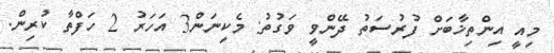
މިއީ އިންތިޚާބަށް ފުރުސަތު ދޭންވީ ވަގުތު: މެކިނަން3 އަހަރު 2 ހަފްތާ ކުރިން.